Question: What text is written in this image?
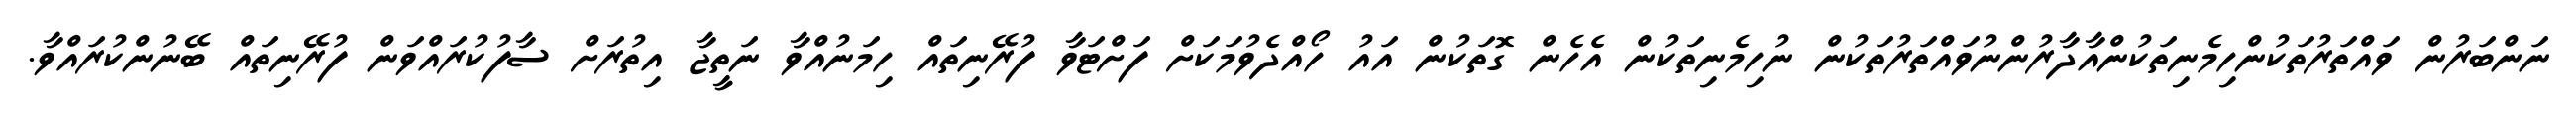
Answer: ނަންބަރުން ވައްތަރުތަކުންހިމެނިތަކުންއާދާރުންނުވައްތަރުތަކުން ނުހިމެނިތަކުން އެހެން ގޮތަކުން އައު ހޯއްދެވުމަކަށް ފަށްޓަވާ ފުރޭނިތައް ހިމަނުއްވާ ނަތީޖާ އިތުރަށް ސާފުކުރައްވަން ފުރޭނިތައް ބޭނުންކުރައްވާ.